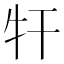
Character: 㸩